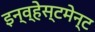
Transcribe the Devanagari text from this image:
इन्व्हेस्टमेन्ट